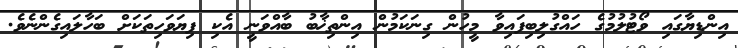
އިންޑިޔާގައި ވޯޓުލުމުގެ ހައްގުލިބިފައިވާ މީހުން ގިނަކަމުން އިންތިޚާބު ބާއްވަނީ އެކި ފިޔަވަހިތަކަށް ބަހާލައިގެންނެވެ.